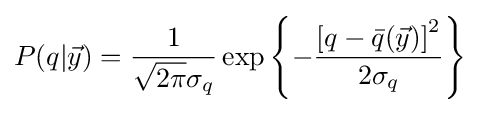
P(q|{\vec {y}})={\frac {1}{{\sqrt {2\pi }}\sigma _{q}}}\exp \left\lbrace -{\frac {\left[q-{\bar {q}}({\vec {y}})\right]^{2}}{2\sigma _{q}}}\right\rbrace